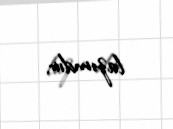
lazımdır.